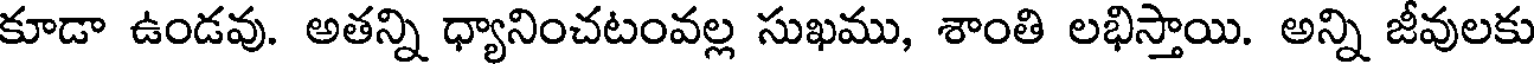
కూడా ఉండవు. అతన్ని ధ్యానించటంవల్ల సుఖము, శాంతి లభిస్తాయి. అన్ని జీవులకు